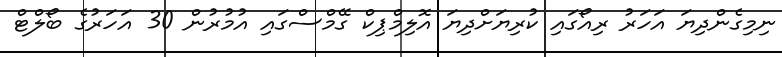
ނިމިގެންދިޔަ އަހަރު ރިއޯގައި ކުރިޔަށްދިޔަ އޮލިމްޕިކް ގޭމްސްގައި އުމުރުން 30 އަހަރުގެ ބޯލްޓް